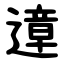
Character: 遧